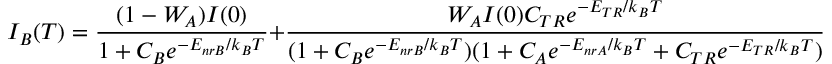
I _ { B } ( T ) = \frac { ( 1 - W _ { A } ) I ( 0 ) } { 1 + C _ { B } e ^ { - E _ { n r B } / k _ { B } T } } + \frac { W _ { A } I ( 0 ) C _ { T R } e ^ { - E _ { T R } / k _ { B } T } } { ( 1 + C _ { B } e ^ { - E _ { n r B } / k _ { B } T } ) ( 1 + C _ { A } e ^ { - E _ { n r A } / k _ { B } T } + C _ { T R } e ^ { - E _ { T R } / k _ { B } T } ) }